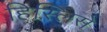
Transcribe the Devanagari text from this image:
हिस्लिसे